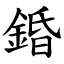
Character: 錉